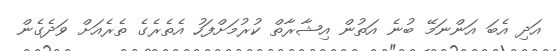
އަދި އެބަ އަންނަމޭ ބުނެ އަތުން އިޝާރާތް ކުރުމަށްފަހު އެތެރެގެ ތެރެއަށް ވަދެގެން